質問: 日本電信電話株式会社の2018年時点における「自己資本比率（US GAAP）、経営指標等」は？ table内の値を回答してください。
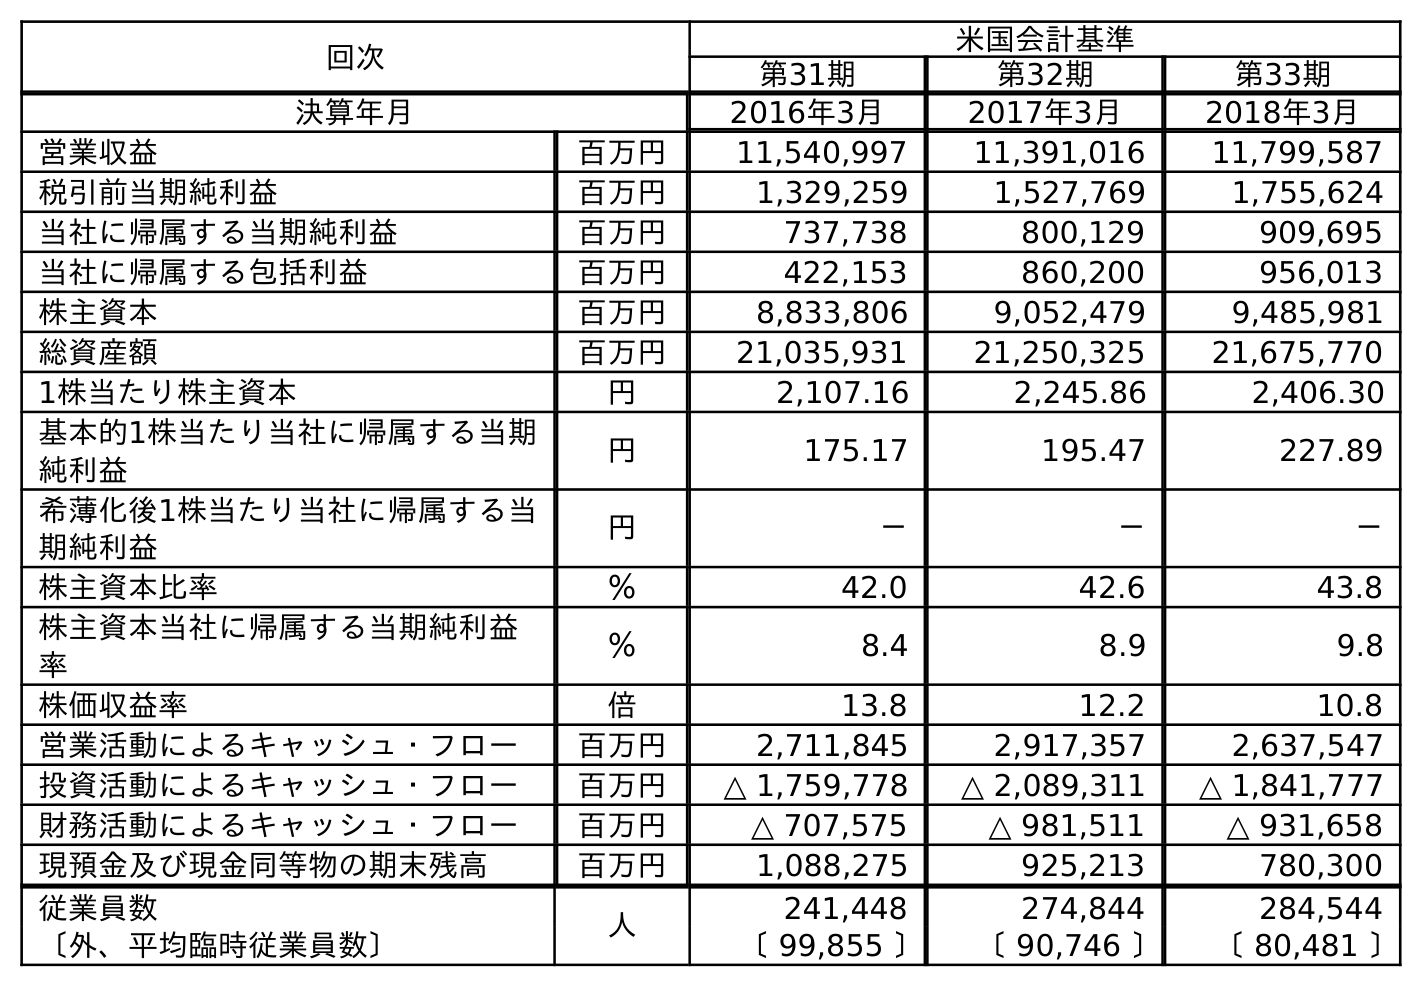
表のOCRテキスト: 回次 米国会計基準 第31期 第32期 第33期 決算年月 2016年3月 2017年3月 2018年3月 営業収益 百万円 11,540,997 11,391,016 11,799,587 税引前当期純利益 百万円 1,329,259 1,527,769 1,755,624 当社に帰属する当期純利益 百万円 737,738 800,129 909,695 当社に帰属する包括利益 百万円 422,153 860,200 956,013 株主資本 百万円 8,833,806 9,052,479 9,485,981 総資産額 百万円 21,035,931 21,250,325 21,675,770 1株当たり株主資本 円 2,107.16 2,245.86 2,406.30 基本的1株当たり当社に帰属する当期 純利益 円 175.17 195.47 227.89 希薄化後1株当たり当社に帰属する当 期純利益 円 － － － 株主資本比率 ％ 42.0 42.6 43.8 株主資本当社に帰属する当期純利益 率 ％ 8.4 8.9 9.8 株価収益率 倍 13.8 12.2 10.8 営業活動によるキャッシュ・フロー 百万円 2,711,845 2,917,357 2,637,547 投資活動によるキャッシュ・フロー 百万円 △ 1,759,778 △ 2,089,311 △ 1,841,777 財務活動によるキャッシュ・フロー 百万円 △ 707,575 △ 981,511 △ 931,658 現預金及び現金同等物の期末残高 百万円 1,088,275 925,213 780,300 従業員数 人 241,448 274,844 284,544 〔外、平均臨時従業員数〕 〔 99,855 〕 〔 90,746 〕 〔 80,481 〕
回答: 43.8